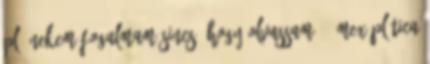
pl. nekem fogalmam sincs, hogy olvassam. – Mex plática